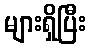
များရှိပြီး